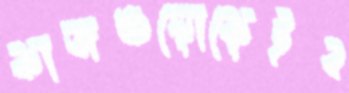
কাজগুলোকেইব